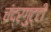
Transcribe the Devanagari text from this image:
चंद्रगुट्टी